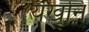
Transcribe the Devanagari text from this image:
यखनि